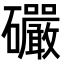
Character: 礹